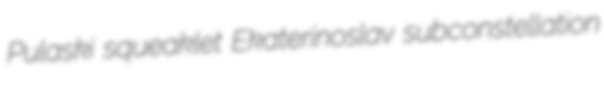
Pulaski squeaklet Ekaterinoslav subconstellation